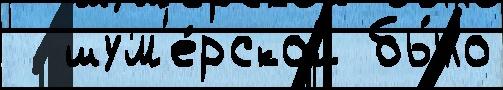
  шум'е́рской бы́ло